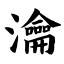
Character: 瀹